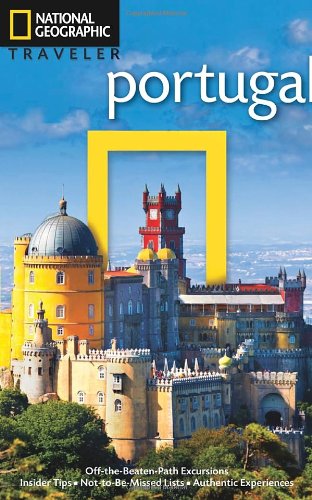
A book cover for National Geographic Traveler: Portugal, 2nd Edition (National Georgaphic Traveler Portugal); Fiona Dunlop; Travel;